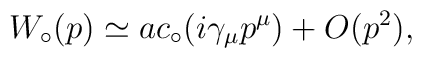
W_\circ(p) \simeq ac_\circ(i\gamma_\mu p^\mu) +O(p^2),